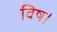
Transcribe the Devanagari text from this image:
विष।